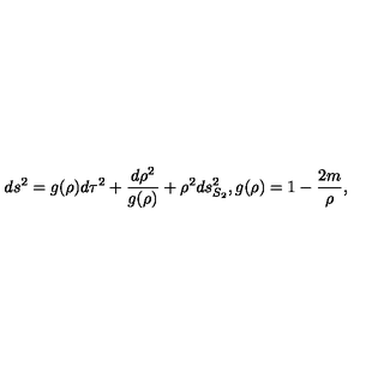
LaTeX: d s ^ { 2 } = g ( \rho ) d \tau ^ { 2 } + { \frac { d \rho ^ { 2 } } { g ( \rho ) } } + \rho ^ { 2 } d s _ { S _ { 2 } } ^ { 2 } , g ( \rho ) = 1 - { \frac { 2 m } { \rho } } ,